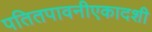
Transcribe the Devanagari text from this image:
पतितपावनीएकादशी